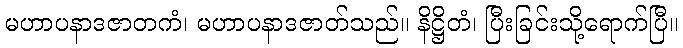
မဟာပနာဒဇာတကံ၊ မဟာပနာဒဇာတ်သည်။ နိဋ္ဌိတံ၊ ပြီးခြင်းသို့ရောက်ပြီ။